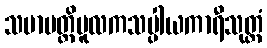
သမာပတ္တိမူလကသပ္ပါယကာရီသုတ္တံ